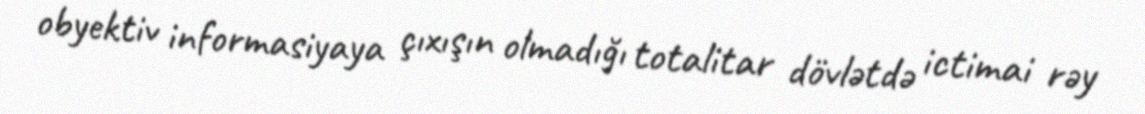
obyektiv informasiyaya çıxışın olmadığı totalitar dövlətdə ictimai rəy